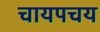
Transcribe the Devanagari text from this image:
चायपचय